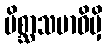
မိစ္ဆာသမာဓိမှိ